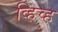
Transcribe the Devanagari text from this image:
व्हिच्ह